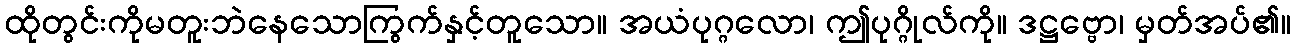
ထိုတွင်းကိုမတူးဘဲနေသောကြွက်နှင့်တူသော။ အယံပုဂ္ဂလော၊ ဤပုဂ္ဂိုလ်ကို။ ဒဋ္ဌဗ္ဗော၊ မှတ်အပ်၏။